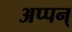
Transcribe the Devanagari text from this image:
अप्पन्